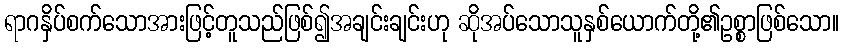
ရာဂနှိပ်စက်သောအားဖြင့်တူသည်ဖြစ်၍အချင်းချင်းဟု ဆိုအပ်သောသူနှစ်ယောက်တို့၏ဥစ္စာဖြစ်သော။